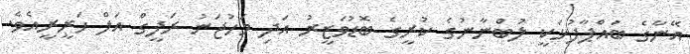
އޭނާގެ ބައްޕާފުޅަކީ ލުބްނާނުގެ ކުރީގެ ބޮޑުވަޒީރު އަދި މަހުޖަނު ރަފީގް އަލް ހަރީރީއެވެ.